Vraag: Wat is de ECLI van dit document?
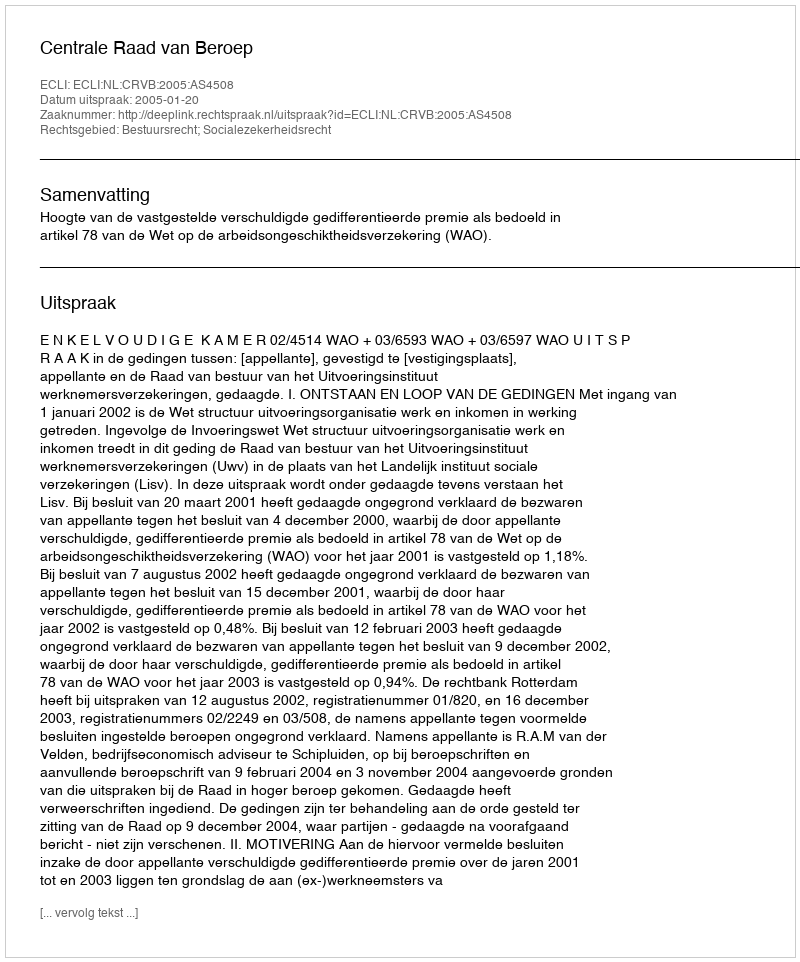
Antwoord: ECLI:NL:CRVB:2005:AS4508